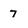
Character: 7